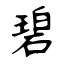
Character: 碧